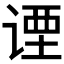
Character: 𬤇